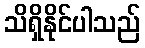
သိရှိနိုင်ပါသည်